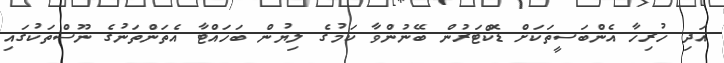
އަދި ހުރިހާ އެންބަސީތަކަށް ޑޮކްޓަރުން ބޭނުންވާ ކަމުގެ ލިޔުން ބަހައްޓާ އެތަންތަނުގެ ނޫސްތަކުގައި